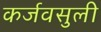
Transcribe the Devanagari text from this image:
कर्जवसुली